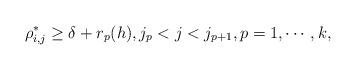
LaTeX: \begin{align*}\rho_{i, j}^* \geq \delta +r_p(h), j_p<j<j_{p+1}, p=1, \cdots, k, \end{align*}